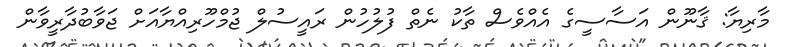
މާރިޔާ: ޤާނޫން އަސާސީގެ އެއްވެސް ތާކު ނެތް ފުލުހުން ރައީސުލް ޖުމްހޫރިއްޔާއަށް ޖަވާބުދާރީވާން